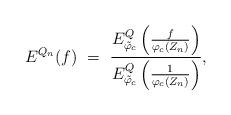
LaTeX: \begin{align*} E^{Q_n}( f )\ = \ \frac{ E_{\tilde \varphi_c}^Q \left ( \frac{f}{\varphi_c(Z_n)}\right) }{E_{\tilde \varphi_c}^Q\left ( \frac{1}{\varphi_c(Z_n)}\right)},\end{align*}